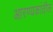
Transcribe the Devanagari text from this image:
आरण्यकांतील